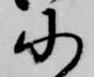
に